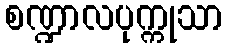
စဏ္ဍာလပုက္ကုသာ